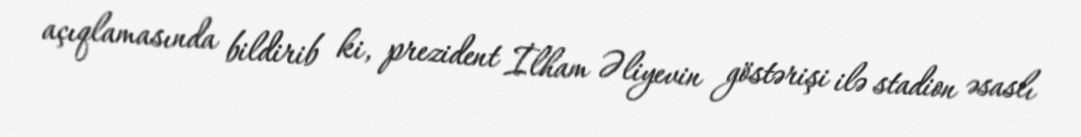
açıqlamasında bildirib ki, prezident İlham Əliyevin göstərişi ilə stadion əsaslı